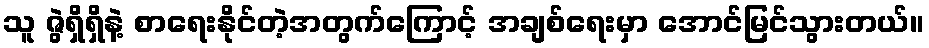
သူ ဇွဲရှိရှိနဲ့ စာရေးနိုင်တဲ့အတွက်ကြောင့် အချစ်ရေးမှာ အောင်မြင်သွားတယ်။